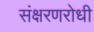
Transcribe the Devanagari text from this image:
संक्षरणरोधी